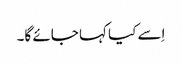
اِسے کیا کہا جائے گا۔